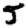
Digit: 5